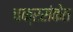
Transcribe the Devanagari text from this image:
चक्रसंकेत